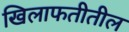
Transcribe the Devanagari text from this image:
खिलाफतीतील